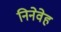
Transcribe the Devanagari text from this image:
निनेवेह